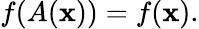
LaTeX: f(A(\mathbf{x}))=f(\mathbf{x}).